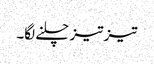
تیز تیز چلنے لگا۔